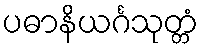
ပဓာနိယင်္ဂသုတ္တံ